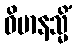
ဝိမာနသ္မိံ